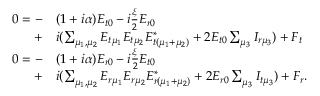
\begin{array} { r l } { 0 = - } & { { } ( 1 + i \alpha ) E _ { t 0 } - i \frac { \xi } { 2 } E _ { r 0 } } \\ { + } & { { } i ( \sum _ { \mu _ { 1 } , \mu _ { 2 } } E _ { t \mu _ { 1 } } E _ { t \mu _ { 2 } } E _ { t ( \mu _ { 1 } + \mu _ { 2 } ) } ^ { * } + 2 E _ { t 0 } \sum _ { \mu _ { 3 } } I _ { r \mu _ { 3 } } ) + F _ { t } } \\ { 0 = - } & { { } ( 1 + i \alpha ) E _ { r 0 } - i \frac { \xi } { 2 } E _ { t 0 } } \\ { + } & { { } i ( \sum _ { \mu _ { 1 } , \mu _ { 2 } } E _ { r \mu _ { 1 } } E _ { r \mu _ { 2 } } E _ { r ( \mu _ { 1 } + \mu _ { 2 } ) } ^ { * } + 2 E _ { r 0 } \sum _ { \mu _ { 3 } } I _ { t \mu _ { 3 } } ) + F _ { r } . } \end{array}